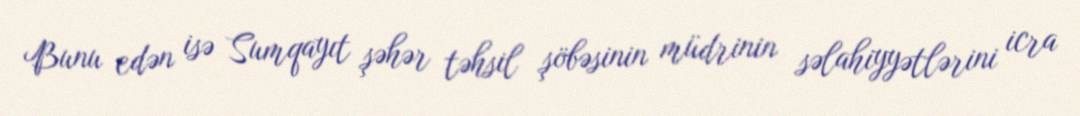
Bunu edən isə Sumqayıt şəhər təhsil şöbəsinin müdrinin səlahiyyətlərini icra